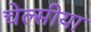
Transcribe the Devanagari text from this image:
चेल्सीया